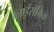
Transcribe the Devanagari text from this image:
ग्लाईसेमिक